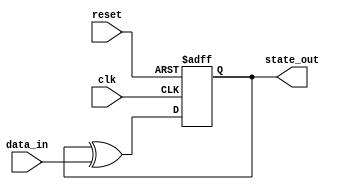
module FeedbackRegister (
    input wire clk,               // Clock signal
    input wire reset,             // Reset signal
    input wire [N-1:0] data_in,   // Data input (N bits)
    output reg [N-1:0] state_out  // Current state output (N bits)
);
    parameter N = 4;              // Number of bits in the register

    // Internal signal for next state
    reg [N-1:0] next_state;

    // Combinational logic for feedback
    always @(*) begin
        // Example feedback logic: XOR current state with data input
        next_state = state_out ^ data_in; // Modify this logic as needed
    end

    // Sequential logic for state storage
    always @(posedge clk or posedge reset) begin
        if (reset) begin
            state_out <= 0; // Reset state to 0
        end else begin
            state_out <= next_state; // Update state with next state
        end
    end
endmodule